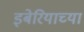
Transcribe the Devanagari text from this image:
इबेरियाच्या